Indian journal of veterinary science and animal husbandry - Volumes 15-17, 1948-1951
Year: 1948
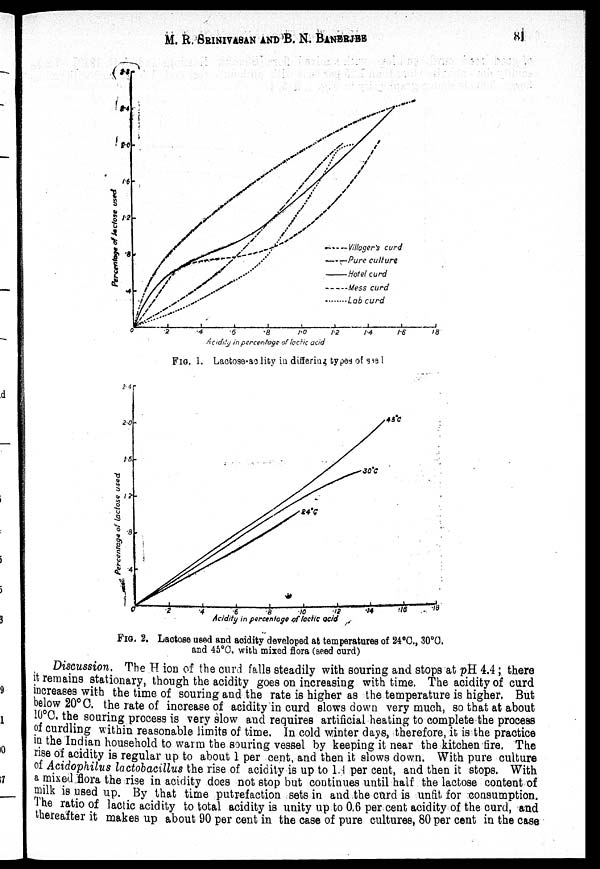
M. R.
SRINIVASAN
N
AND
B.
N.
BANERJEE
81
FIG. 1. Lactose-acidity in differing types of seed
FIG. 2. Lactose used and acidity developed at temperatures of 24°C., 30°C.
and 45°C. with mixed flora (seed curd)
Discussion. The H ion of the curd falls steadily with souring and stops at pH 4.4; there
it remains stationary, though the acidity goes on increasing with time. The acidity of curd
increases with the time of souring and the rate is higher as the temperature is higher. But
below 20°C. the rate of increase of acidity in curd slows down very much, so that at about
10°C. the souring process is very slow and requires artificial heating to complete the process
of curdling within reasonable limits of time. In cold winter days, therefore, it is the practice
in the Indian household to warm the souring vessel by keeping it near the kitchen fire. The
rise of acidity is regular up to about 1 per cent, and then it slows down. With pure culture
of Acidophilus lactobacillus the rise of acidity is up to 1.4 per cent, and then it stops. With
a mixed flora the rise in acidity does not stop but continues until half the lactose content of
milk is used up. By that time putrefaction sets in and the curd is unfit for consumption.
The ratio of lactic acidity to total acidity is unity up to 0.6 per cent acidity of the curd, and
thereafter it makes up about 90 per cent in the case of pure cultures, 80 per cent in the case